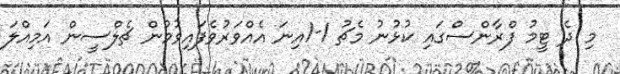
މި ދެ ޓީމު ފްރާންސްގައި ކުޅުނު މެޗު 1-1އިނަ އެއްވަރުވެފައިވުމުން ޗެލްސީން އަމިއްލަ